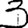
Digit: 3